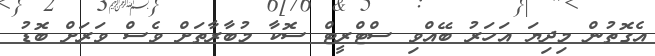
އެގޮތުން މިދިޔަ އަހަރު ބޭއްވި ސްޓްރީޓް ސޮކާ މުބާރާތަށް ވެސް ވަރަށް ބޮޑު